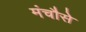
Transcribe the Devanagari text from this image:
मंचौसे